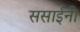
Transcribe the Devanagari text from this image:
ससाईंनी